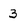
Character: 3